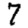
Digit: 7